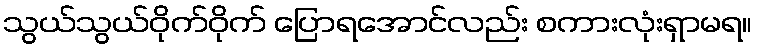
သွယ်သွယ်ဝိုက်ဝိုက် ပြောရအောင်လည်း စကားလုံးရှာမရ။